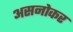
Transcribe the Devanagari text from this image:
असनोकर